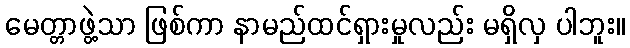
မေတ္တာဖွဲ့သာ ဖြစ်ကာ နာမည်ထင်ရှားမှုလည်း မရှိလှ ပါဘူး။